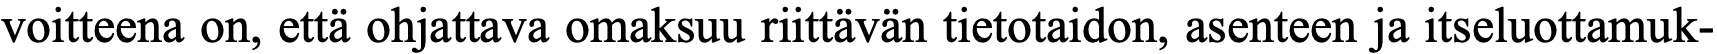
voitteena on, että ohjattava omaksuu riittävän tietotaidon, asenteen ja itseluottamuk-